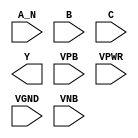
module sky130_fd_sc_ls__nand3b (
    //# {{data|Data Signals}}
    input  A_N ,
    input  B   ,
    input  C   ,
    output Y   ,

    //# {{power|Power}}
    input  VPB ,
    input  VPWR,
    input  VGND,
    input  VNB
);
endmodule